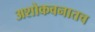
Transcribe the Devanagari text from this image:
अशोकवनातच